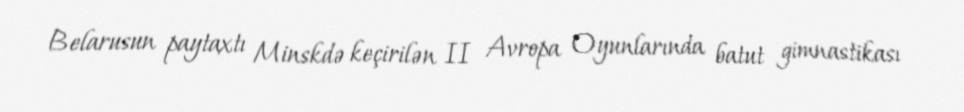
Belarusun paytaxtı Minskdə keçirilən II Avropa Oyunlarında batut gimnastikası